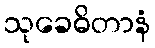
သုခေဓိတာနံ